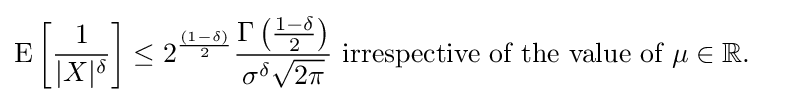
{\begin{aligned}\operatorname {E} \left[{\frac {1}{\vert X\vert ^{\delta }}}\right]&\leq 2^{\frac {(1-\delta )}{2}}{\frac {\Gamma \left({\frac {1-\delta }{2}}\right)}{\sigma ^{\delta }{\sqrt {2\pi }}}}{\text{ irrespective of the value of }}\mu \in \mathbb {R} .\end{aligned}}